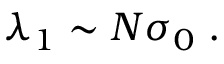
\lambda _ { 1 } \sim N \sigma _ { 0 } \; .